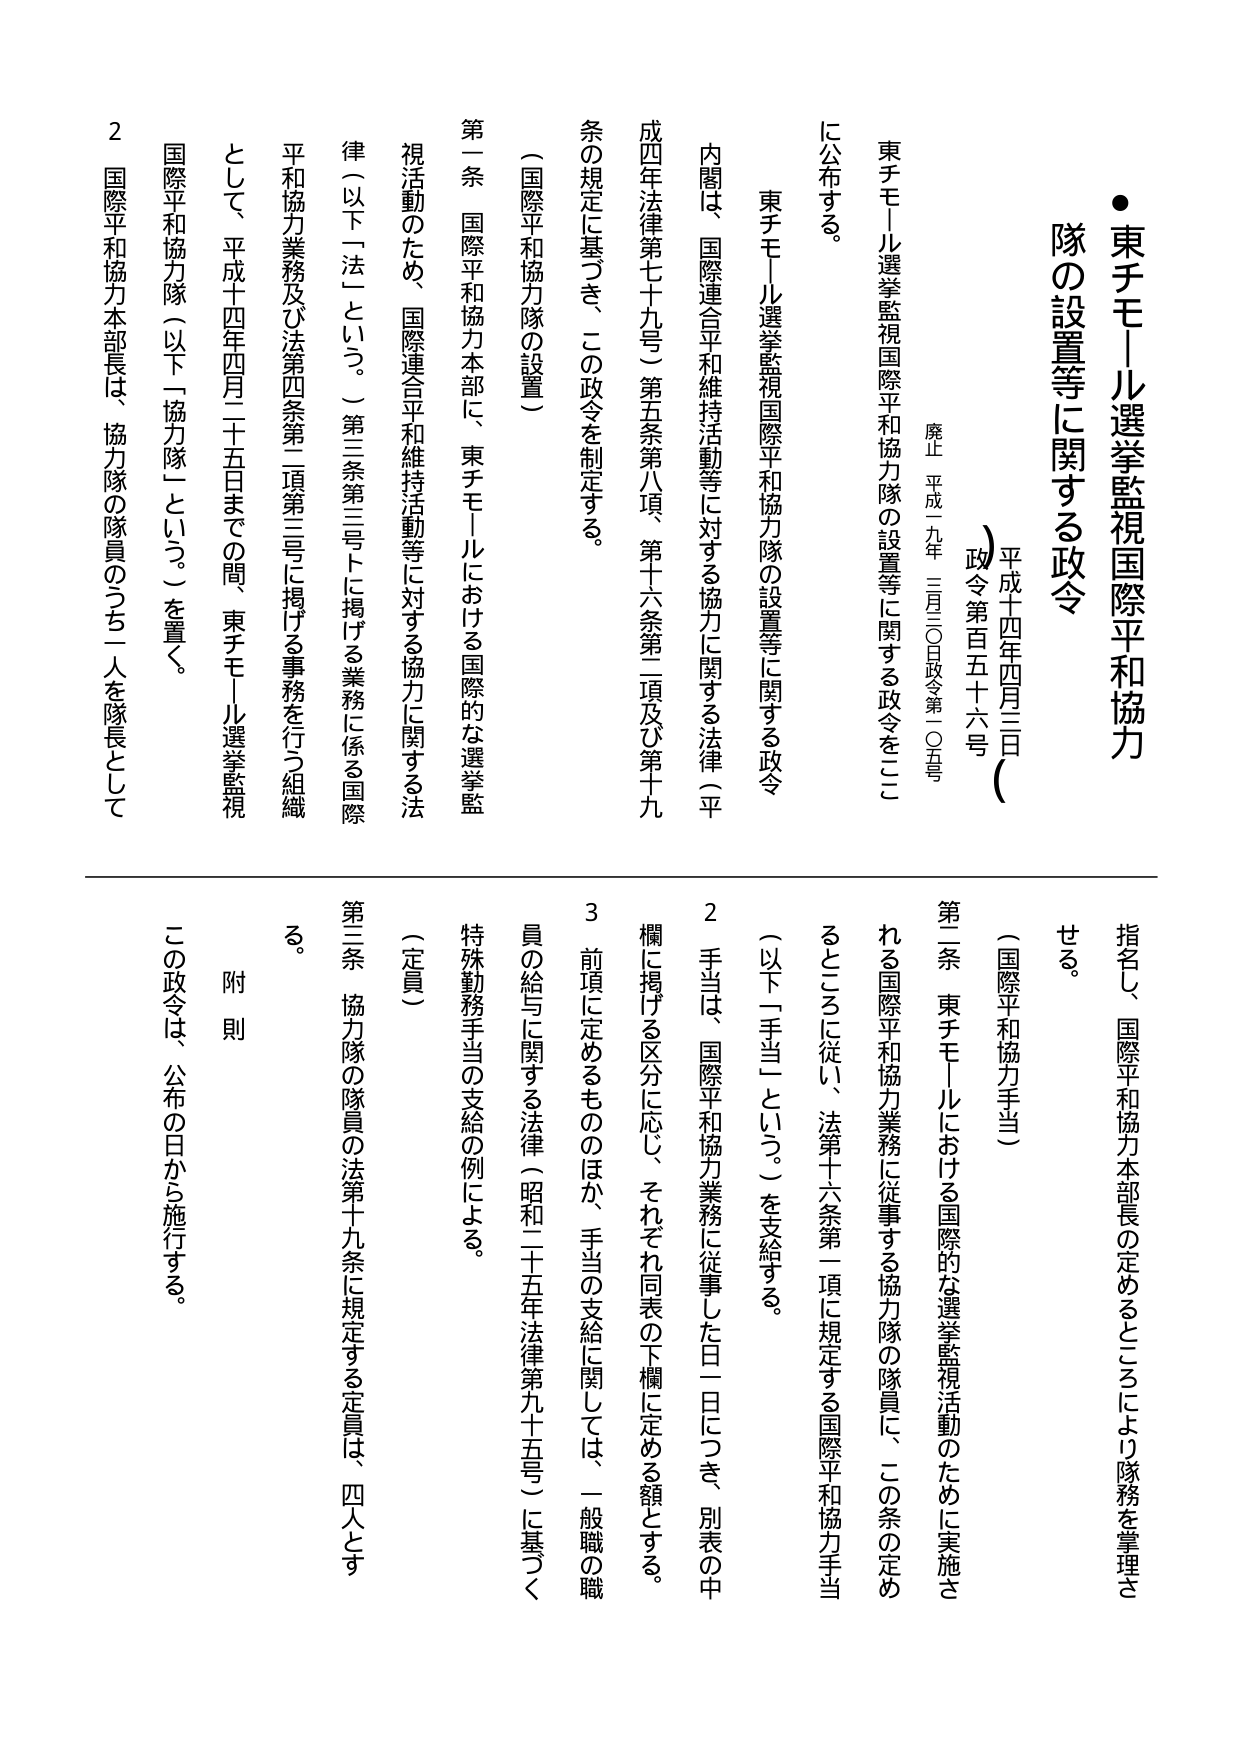
● 東チモール選挙監視国際平和協力隊の設置等に関する政令

平成十四年四月三日（政令第百五十六号）

廃止 平成十九年三月三〇日政令第一〇五号

東チモール選挙監視国際平和協力隊の設置等に関する政令をここに公布する。

東チモール選挙監視国際平和協力隊の設置等に関する政令

内閣は、国際連合平和維持活動等に対する協力に関する法律（平成四年法律第七十九号）第五条第八項、第十六条第二項及び第十九条の規定に基づき、この政令を制定する。

（国際平和協力隊の設置）

第一条 国際平和協力本部に、東チモールにおける国際的な選挙監視活動のため、国際連合平和維持活動等に対する協力に関する法律（以下「法」という。）第三条第三号トに掲げる業務に係る国際平和協力業務及び法第四条第二項第三号に掲げる事務を行う組織として、平成十四年四月二十五日までの間、東チモール選挙監視国際平和協力隊（以下「協力隊」という。）を置く。

２ 国際平和協力本部長は、協力隊の隊員のうち一人を隊長として指名し、国際平和協力本部長の定めるところにより隊務を掌理させる。

（国際平和協力手当）

第二条 東チモールにおける国際的な選挙監視活動のために実施される国際平和協力業務に従事する協力隊の隊員に、この条の定めるところに従い、法第十六条第一項に規定する国際平和協力手当（以下「手当」という。）を支給する。

２ 手当は、国際平和協力業務に従事した日一日につき、別表の中欄に掲げる区分に応じ、それぞれ同表の下欄に定める額とする。

３ 前項に定めるもののほか、手当の支給に関しては、一般職の職員の給与に関する法律（昭和二十五年法律第九十五号）に基づく特殊勤務手当の支給の例による。

（定員）

第三条 協力隊の隊員の法第十九条に規定する定員は、四人とする。

附則

この政令は、公布の日から施行する。